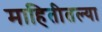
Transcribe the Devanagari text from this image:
माहितीतल्या